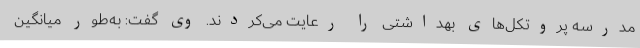
مدرسه پروتکل‌های بهداشتی را رعایت می‌کردند. وی گفت: به‌طور میانگین